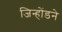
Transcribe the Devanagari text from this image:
जिन्होंडने